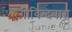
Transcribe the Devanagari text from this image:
गोविन्दबाग़